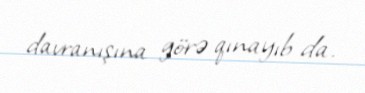
davranışına görə qınayıb da.